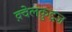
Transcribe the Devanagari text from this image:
क़्वेलक़ुइज़